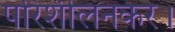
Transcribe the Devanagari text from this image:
परिशीलनकर।